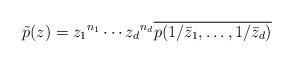
LaTeX: \begin{align*}\tilde{p}(z) = {z_1}^{n_1} \cdots {z_d}^{n_d} \overline{p(1/\bar{z}_1, \dots, 1/\bar{z}_d)}\end{align*}